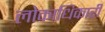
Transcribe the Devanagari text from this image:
लोकाधिकारी